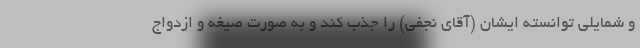
و شمایلی توانسته ایشان (آقای نجفی) را جذب کند و به صورت صیغه و ازدواج